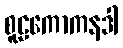
စူဠကောကနဒါ